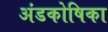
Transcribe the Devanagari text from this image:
अंडकोषिका